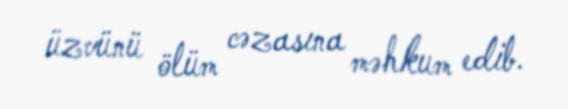
üzvünü ölüm cəzasına məhkum edib.